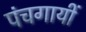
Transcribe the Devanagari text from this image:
पंचगायीं